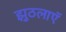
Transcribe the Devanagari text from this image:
झुठलाएॅ